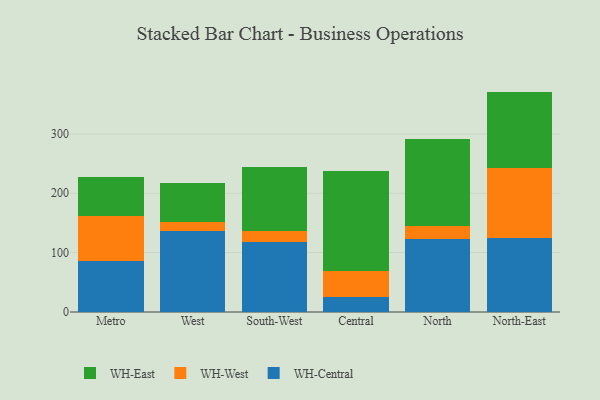
{"axis": {"x": "Region", "y": "Budget (USD K)"}, "legend": ["WH-Central", "WH-East", "WH-West"], "data": [{"x": "Metro", "y": 85.3, "type": "WH-Central"}, {"x": "Metro", "y": 76.3, "type": "WH-West"}, {"x": "Metro", "y": 65.7, "type": "WH-East"}, {"x": "West", "y": 136.6, "type": "WH-Central"}, {"x": "West", "y": 14.6, "type": "WH-West"}, {"x": "West", "y": 66.9, "type": "WH-East"}, {"x": "South-West", "y": 117.7, "type": "WH-Central"}, {"x": "South-West", "y": 19.3, "type": "WH-West"}, {"x": "South-West", "y": 107.5, "type": "WH-East"}, {"x": "Central", "y": 25.1, "type": "WH-Central"}, {"x": "Central", "y": 44.6, "type": "WH-West"}, {"x": "Central", "y": 168.4, "type": "WH-East"}, {"x": "North", "y": 122.6, "type": "WH-Central"}, {"x": "North", "y": 22.7, "type": "WH-West"}, {"x": "North", "y": 146.2, "type": "WH-East"}, {"x": "North-East", "y": 125.3, "type": "WH-Central"}, {"x": "North-East", "y": 117.0, "type": "WH-West"}, {"x": "North-East", "y": 128.9, "type": "WH-East"}]}